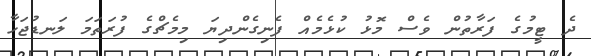
ދެ ޓީމުގެ ފަރާތުން ވެސް މޮޅު ކުޅެމެއް ފެނިގެންދިޔަ މިމެޗްގެ ފުރަތަމަ ލަނޑުޖަހާ